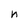
Character: n